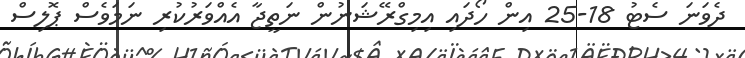
ދެވަނަ ސެޓު 18-25 އިން ހޯދައި އިމިގްރޭޝަނުން ނަތީޖާ އެއްވަރުކުރި ނަމަވެސް ޕޮލިސް